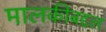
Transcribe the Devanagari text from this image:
मालकीबद्दल